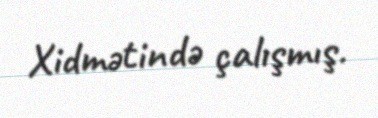
Xidmətində çalışmış.